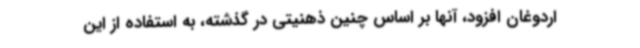
اردوغان افزود، آنها بر اساس چنین ذهنیتی در گذشته، به استفاده از این